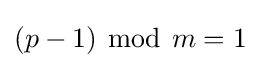
(p-1)~{\bmod {~}}m=1